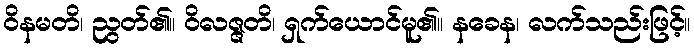
ဝိနမတိ၊ ညွတ်၏။ ဝိလဇ္ဇတိ၊ ရှက်ယောင်မူ၏။ နခေန၊ လက်သည်းဖြင့်။